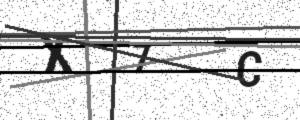
Text: X7C